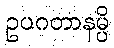
ဥပဂတာနမ္ပိ